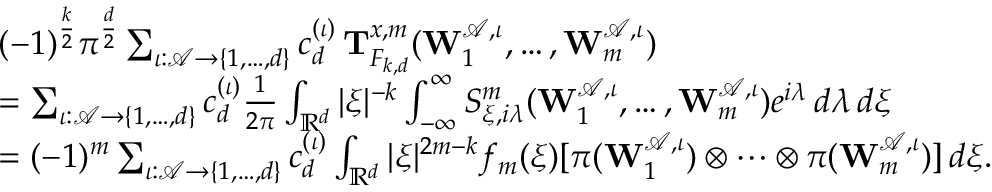
\begin{array} { r l } & { ( - 1 ) ^ { \frac { k } { 2 } } \pi ^ { \frac { d } { 2 } } \sum _ { \iota : \mathscr { A } \to \{ 1 , \ldots , d \} } c _ { d } ^ { ( \iota ) } \, \mathbf T _ { F _ { k , d } } ^ { x , m } ( \mathbf W _ { 1 } ^ { \mathscr { A } , \iota } , \ldots , \mathbf W _ { m } ^ { \mathscr { A } , \iota } ) } \\ & { = \sum _ { \iota : \mathscr { A } \to \{ 1 , \ldots , d \} } c _ { d } ^ { ( \iota ) } \frac { 1 } { 2 \pi } \int _ { \mathbb R ^ { d } } | \xi | ^ { - k } \int _ { - \infty } ^ { \infty } S _ { \xi , i \lambda } ^ { m } ( \mathbf W _ { 1 } ^ { \mathscr { A } , \iota } , \ldots , \mathbf W _ { m } ^ { \mathscr { A } , \iota } ) e ^ { i \lambda } \, d \lambda \, d \xi } \\ & { = ( - 1 ) ^ { m } \sum _ { \iota : \mathscr { A } \to \{ 1 , \ldots , d \} } c _ { d } ^ { ( \iota ) } \int _ { \mathbb R ^ { d } } | \xi | ^ { 2 m - k } f _ { m } ( \xi ) [ \pi ( \mathbf W _ { 1 } ^ { \mathscr { A } , \iota } ) \otimes \cdots \otimes \pi ( \mathbf W _ { m } ^ { \mathscr { A } , \iota } ) ] \, d \xi . } \end{array}